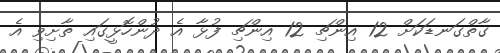
ގާތްގަނޑަކަށް 12 އިންޗި 12 އިންޗި ފުޅާ އެ ދުންހޮޅީގައި ތާށިވި އެ